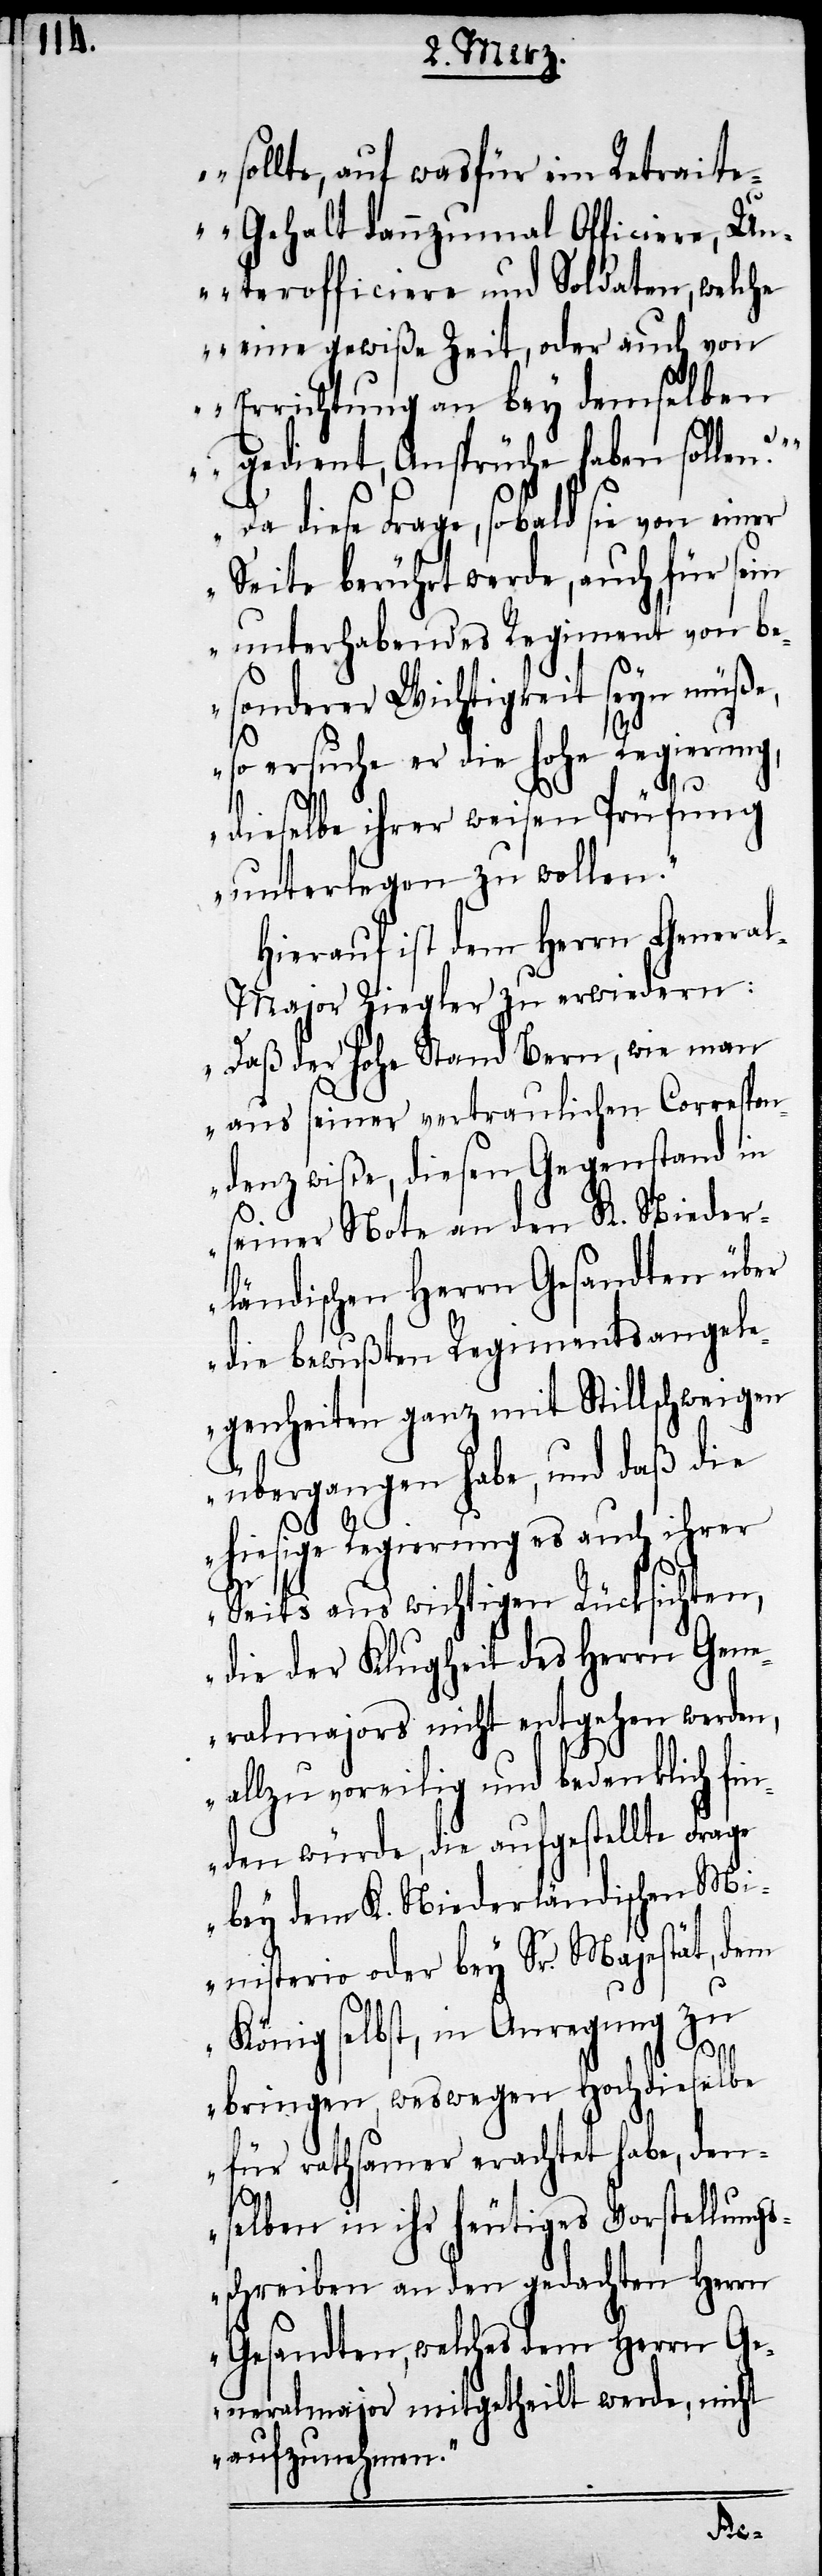
sollte, auf was für ein Retrait¬
e-Gehalt dannzumal Officiere, Un¬
terofficiere und Soldaten, welche
eine gewiße Zeit, oder auch von
Errichtung an bey demselben
gedient, Ansprüche haben sollen?
Da diese Frage, sobald sie von einer
Seite berührt werde, auch für sein
unterhabendes Regiment von be¬
sonderer Wichtigkeit seyn müße,
so ersuche er die hohe Regierung,
dieselbe ihrer weisen Prüfung
unterlegen zu wollen.“
Hierauf ist dem Herrn Genera¬
l-Major Ziegler zu erwiedern:
„Daß der hohe Stand Bern, wie man
aus seiner vertraulichen Correspon¬
denz wiße, diesen Gegenstand in
seiner Note an den K. Nieder¬
ländischen Herrn Gesandten über
die bewußten Regimentsangele¬
genheiten ganz mit Stillschweigen
übergangen habe, und daß die
hiesige Regierung es auch ihrer
Seits aus wichtigen Rücksichten,
die der Klugheit des Herrn Gen¬
eralmajors nicht entgehen werden,
allzu voreilig und bedenklich fin¬
den würde, die aufgestellte Frage
bey dem K. Niederländischen Mi¬
nisterio oder bey Sr. Majestät, dem
König selbst, in Anregung zu
bringen, weswegen Hochdieselbe
für rathsamer erachtet habe, den¬
selben in ihr heutiges Vorstellungs¬
schreiben an den gedachten Herrn
Gesandten, welches dem Herrn Ge¬
neralmajor mitgetheilt werde, nicht
aufzunehmen.